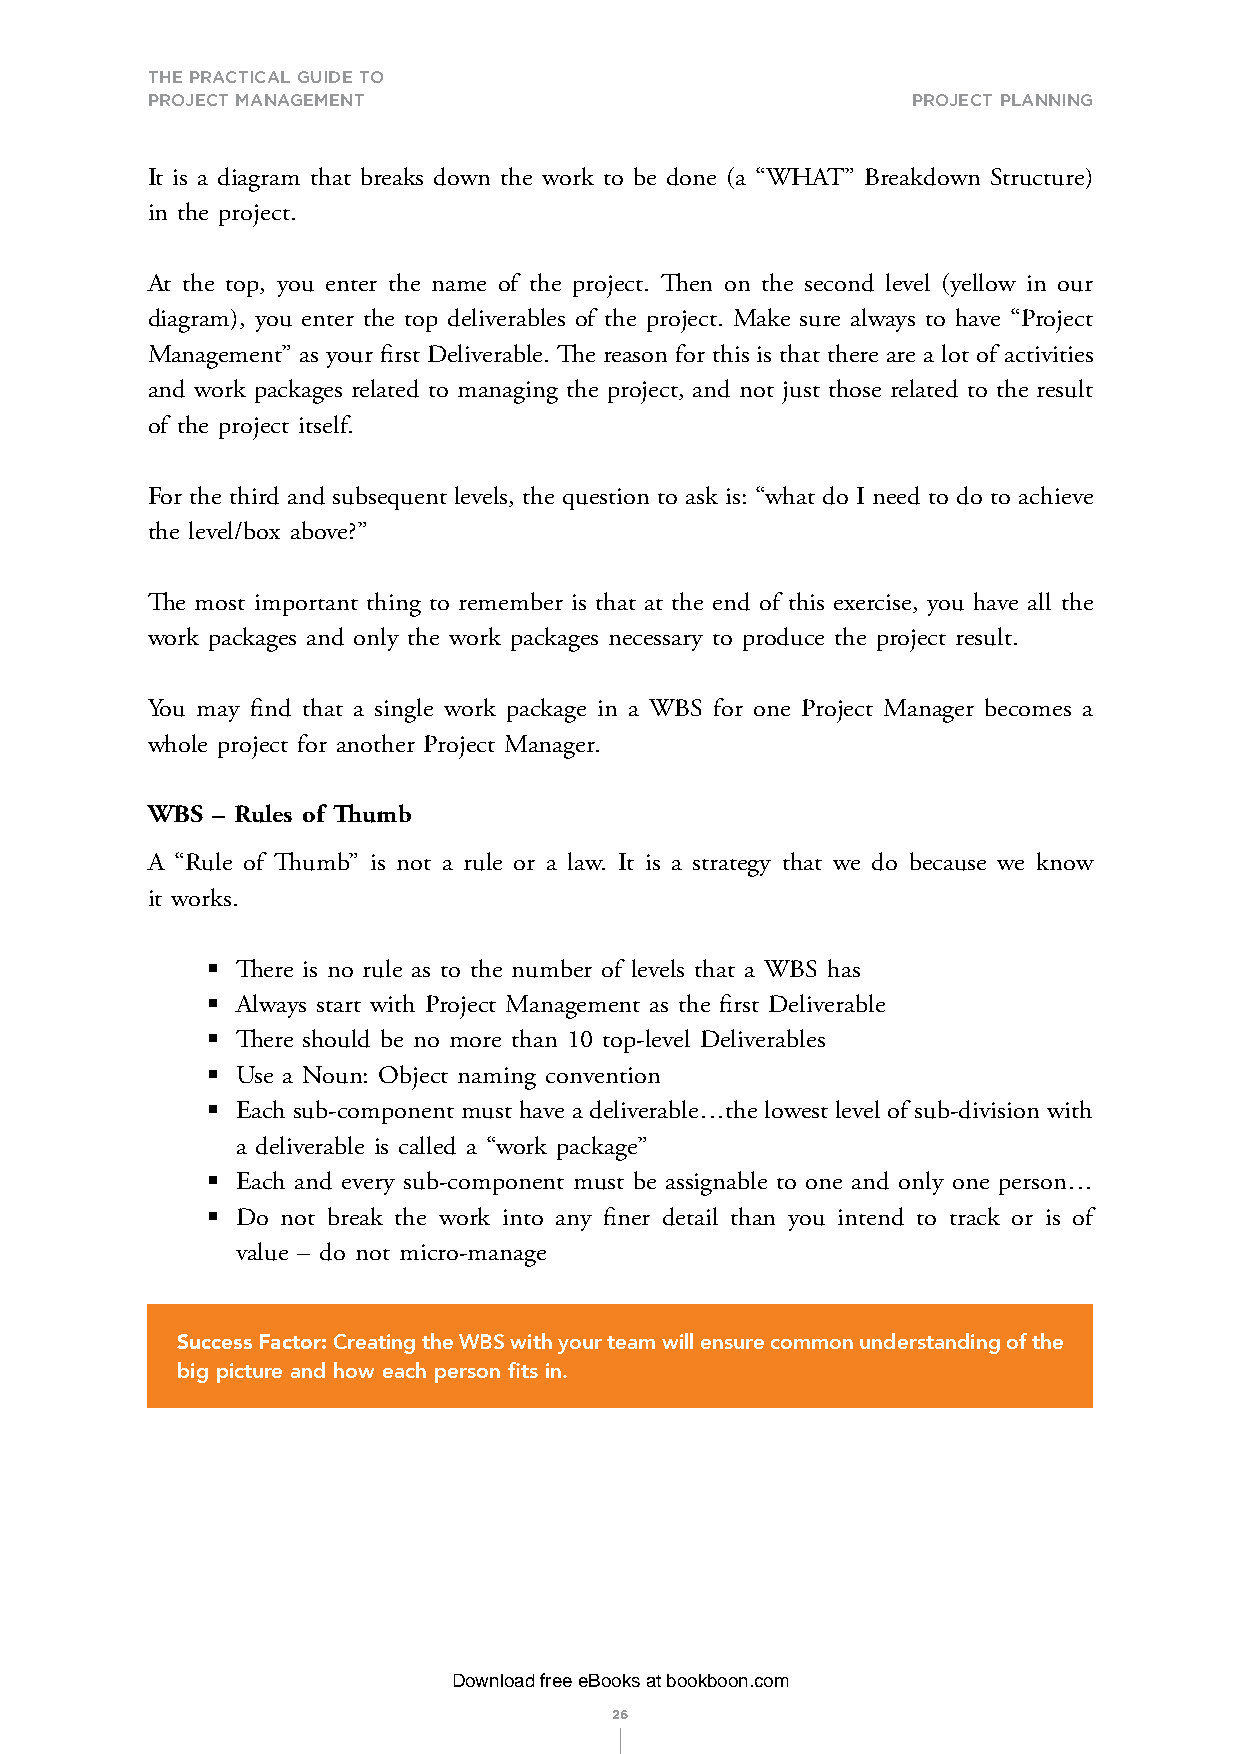
THE PRACTICAL GUIDE TO
 PROJECT MANAGEMENT                                ProjeCt PlannIng
 It is a diagram that breaks down the work to be done (a “WHAT” Breakdown Structure)
 in the project.
 At the top, you enter the name of the project. Then on the second level (yellow in our
 diagram), you enter the top deliverables of the project. Make sure always to have “Project
 Management” as your first Deliverable. The reason for this is that there are a lot of activities
 and work packages related to managing the project, and not just those related to the result
 of the project itself.
 For the third and subsequent levels, the question to ask is: “what do I need to do to achieve
 the level/box above?”
 The most important thing to remember is that at the end of this exercise, you have all the
 work packages and only the work packages necessary to produce the project result.
 You may find that a single work package in a WBS for one Project Manager becomes a
 whole project for another Project Manager.
 WBS – Rules of Thumb
 A “Rule of Thumb” is not a rule or a law. It is a strategy that we do because we know
 it works.
 § There is no rule as to the number of levels that a WBS has
 § Always start with Project Management as the first Deliverable
 § There should be no more than 10 top-level Deliverables
 § Use a Noun: Object naming convention
 § Each sub-component must have a deliverable…the lowest level of sub-division with
 a deliverable is called a “work package”
 § Each and every sub-component must be assignable to one and only one person…
 § Do not break the work into any finer detail than you intend to track or is of
 value – do not micro-manage
 Success Factor: Creating the WBS with your team will ensure common understanding of the
 big picture and how each person fits in.
 Download free eBooks at bookboon.com
 26